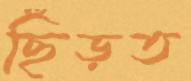
ছিঁড়ত